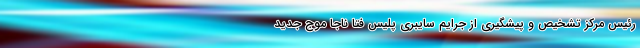
رئیس مرکز تشخیص و پیشگیری از جرایم سایبری پلیس فتا ناجا موج جدید